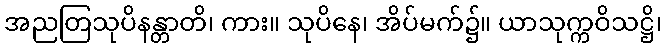
အညတြသုပိနန္တာတိ၊ ကား။ သုပိနေ၊ အိပ်မက်၌။ ယာသုက္ကဝိသဋ္ဌိ၊